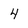
Character: 4